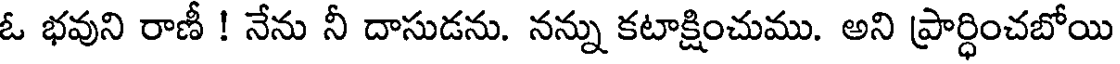
ఓ భవుని రాణీ ! నేను నీ దాసుడను. నన్ను కటాక్షించుము. అని ప్రార్ధించబోయి